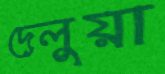
দেলুয়া